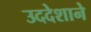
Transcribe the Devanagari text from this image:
उददेशाने